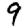
Digit: 9